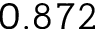
0 . 8 7 2